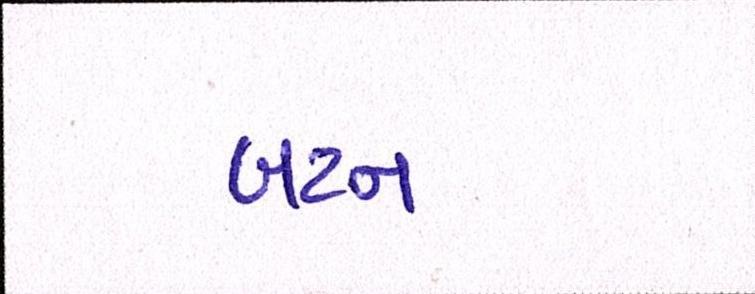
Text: બટન